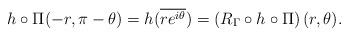
LaTeX: \begin{align*}h\circ \Pi (-r,\pi-\theta) =h(\overline{re^{i\theta}}) =\left( R_{\Gamma} \circ h\circ \Pi \right) (r,\theta).\end{align*}